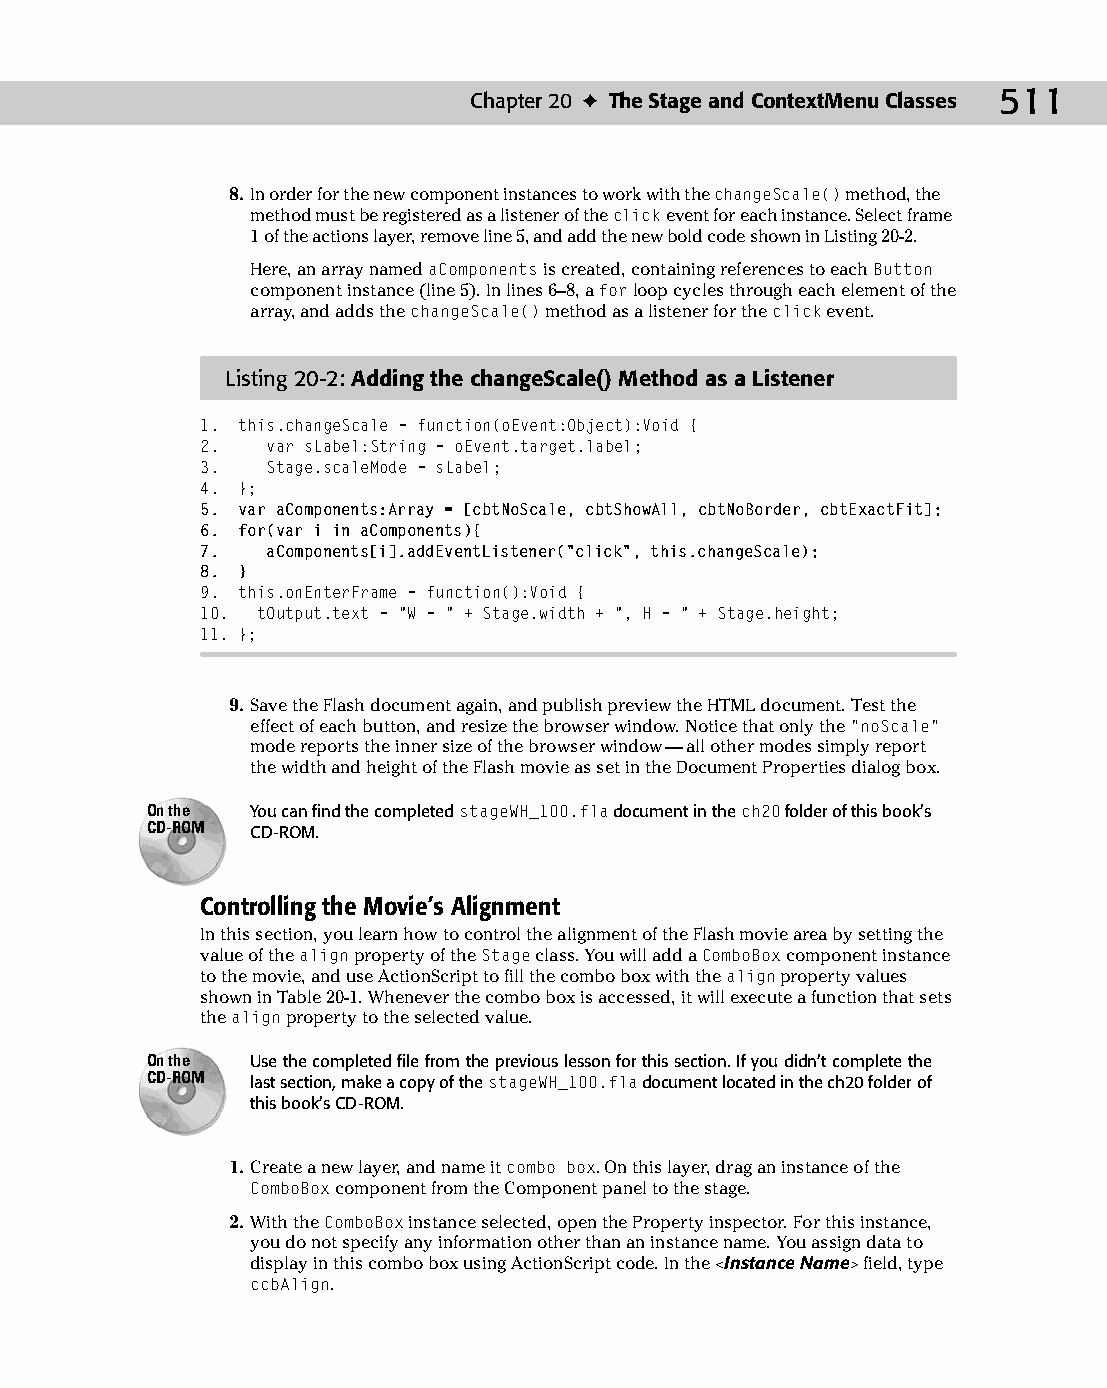
26 543547 ch20.qxd 3/24/04 4:10 PM Page 511
 Chapter 20 ✦ The Stage and ContextMenu Classes 511
 8. In order for the new component instances to work with the changeScale() method, the
 method must be registered as a listener of the click event for each instance. Select frame
 1 of the actions layer, remove line 5, and add the new bold code shown in Listing 20-2.
 Here, an array named aComponents is created, containing references to each Button
 component instance (line 5). In lines 6–8, a for loop cycles through each element of the
 array, and adds the changeScale() method as a listener for the click event.
 Listing 20-2: Adding the changeScale() Method as a Listener
 1. this.changeScale = function(oEvent:Object):Void {
 2.   var sLabel:String = oEvent.target.label;
 3.   Stage.scaleMode = sLabel;
 4. };
 5. var aComponents:Array = [cbtNoScale, cbtShowAll, cbtNoBorder, cbtExactFit];
 6. for(var i in aComponents){
 7.   aComponents[i].addEventListener(“click”, this.changeScale);
 8. }
 9. this.onEnterFrame = function():Void {
 10. tOutput.text = “W = “ + Stage.width + “, H = “ + Stage.height;
 11. };
 9. Save the Flash document again, and publish preview the HTML document. Test the
 effect of each button, and resize the browser window. Notice that only the “noScale”
 mode reports the inner size of the browser window — all other modes simply report
 the width and height of the Flash movie as set in the Document Properties dialog box.
 On the You can find the completed stageWH_100.fla document in the ch20 folder of this book’s
 CD-ROM CD-ROM.
 Controlling the Movie’s Alignment
 In this section, you learn how to control the alignment of the Flash movie area by setting the
 value of the align property of the Stage class. You will add a ComboBox component instance
 to the movie, and use ActionScript to fill the combo box with the align property values
 shown in Table 20-1. Whenever the combo box is accessed, it will execute a function that sets
 the align property to the selected value.
 On the Use the completed file from the previous lesson for this section. If you didn’t complete the
 CD-ROM last section, make a copy of the stageWH_100.fla document located in the ch20 folder of
 this book’s CD-ROM.
 1. Create a new layer, and name it combo box. On this layer, drag an instance of the
 ComboBox component from the Component panel to the stage.
 2. With the ComboBox instance selected, open the Property inspector. For this instance,
 you do not specify any information other than an instance name. You assign data to
 display in this combo box using ActionScript code. In the <Instance Name> field, type
 ccbAlign.